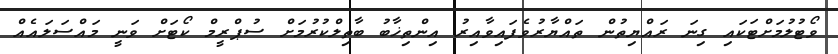
ވޯޓުލުމަށްޓަކައި ގިނަ ރައްޔިތުން ތައްޔާރުވެފައިވާއިރު އިންތިޚާބު ބާތިލްކުރުމަށް ސުޕްރީމް ކޯޓަށް ވަނީ މައްސަލައެއް